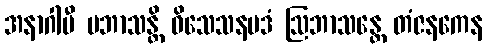
အနာဂါမီ ပဘာသန္တိ ဝိသေသနပဒံ ဩဘာသန္တေ တံဇနကေန